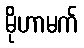
မိုဟာမက်